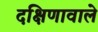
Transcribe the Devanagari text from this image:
दक्षिणावाले